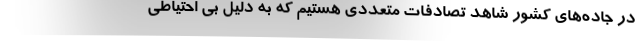
در جاده‌های کشور شاهد تصادفات متعددی هستیم که به دلیل بی احتیاطی